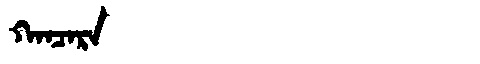
Manchu: ᡴᠠᠨᠴᠠᡵᠠ
Romanization: KANCARA